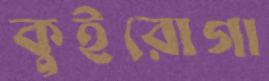
কুইরোগা